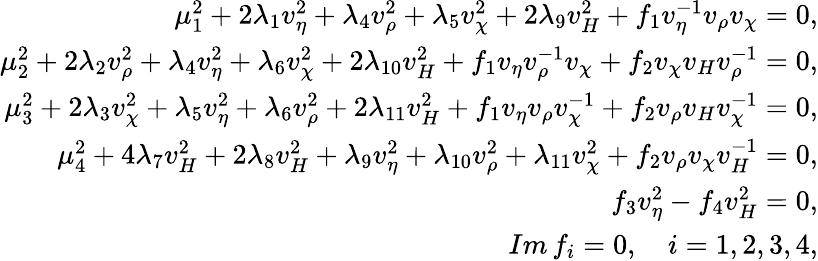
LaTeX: \begin{array}{r}{{\mu_{1}^{2}+2\lambda_{1}v_{\eta}^{2}+\lambda_{4}v_{\rho}^{2}+\lambda_{5}v_{\chi}^{2}+2\lambda_{9}v_{H}^{2}+f_{1}v_{\eta}^{-1}v_{\rho}v_{\chi}=0,}}\\ {{\mu_{2}^{2}+2\lambda_{2}v_{\rho}^{2}+\lambda_{4}v_{\eta}^{2}+\lambda_{6}v_{\chi}^{2}+2\lambda_{10}v_{H}^{2}+f_{1}v_{\eta}v_{\rho}^{-1}v_{\chi}+f_{2}v_{\chi}v_{H}v_{\rho}^{-1}=0,}}\\ {{\mu_{3}^{2}+2\lambda_{3}v_{\chi}^{2}+\lambda_{5}v_{\eta}^{2}+\lambda_{6}v_{\rho}^{2}+2\lambda_{11}v_{H}^{2}+f_{1}v_{\eta}v_{\rho}v_{\chi}^{-1}+f_{2}v_{\rho}v_{H}v_{\chi}^{-1}=0,}}\\ {{\mu_{4}^{2}+4\lambda_{7}v_{H}^{2}+2\lambda_{8}v_{H}^{2}+\lambda_{9}v_{\eta}^{2}+\lambda_{10}v_{\rho}^{2}+\lambda_{11}v_{\chi}^{2}+f_{2}v_{\rho}v_{\chi}v_{H}^{-1}=0,}}\\ {{f_{3}v_{\eta}^{2}-f_{4}v_{H}^{2}=0,}}\\ {{Im\, f_{i}=0,\quad i=1,2,3,4,}}\end{array}